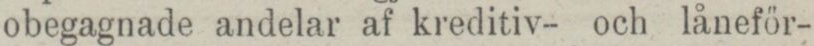
obegagnade andelar af kreditiv- och låneför-